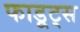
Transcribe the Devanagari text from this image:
फाडूट्स